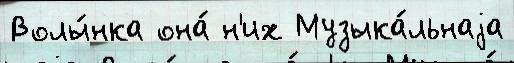
Волы́нка она́ н'их Музыка́льнаjа